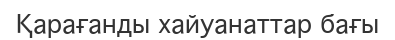
Қарағанды хайуанаттар бағы